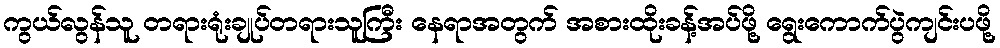
ကွယ်လွန်သူ တရားရုံးချုပ်တရားသူကြီး နေရာအတွက် အစားထိုးခန့်အပ်ဖို့ ရွေးကောက်ပွဲကျင်းပဖို့